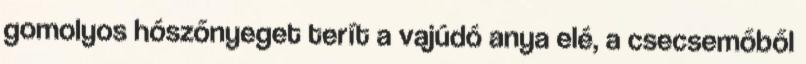
gomolyos hószőnyeget terít a vajúdó anya elé, a csecsemőből